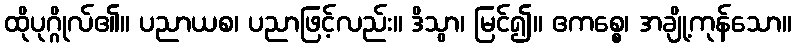
ထိုပုဂ္ဂိုလ်၏။ ပညာယစ၊ ပညာဖြင့်လည်း။ ဒိသွာ၊ မြင်၍။ ဧကစ္စေ၊ အချို့ကုန်သော။